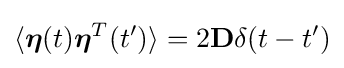
\langle {\boldsymbol {\eta }}(t){\boldsymbol {\eta }}^{T}(t')\rangle =2\mathbf {D} \delta (t-t')